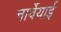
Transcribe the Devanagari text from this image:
नार्वेयाई